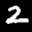
Label: 2